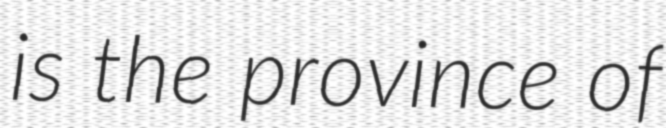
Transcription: is the province of